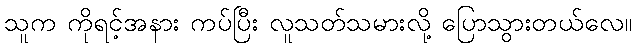
သူက ကိုရင့်အနား ကပ်ပြီး လူသတ်သမားလို့ ပြောသွားတယ်လေ။